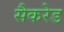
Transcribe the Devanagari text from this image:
सैकरेड